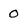
Character: O